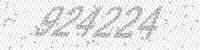
Solution: 924224